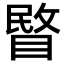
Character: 睯